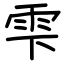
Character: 雫